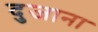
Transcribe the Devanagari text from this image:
दुजाना